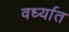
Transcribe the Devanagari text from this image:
वर्ध्यात